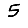
Digit: 5